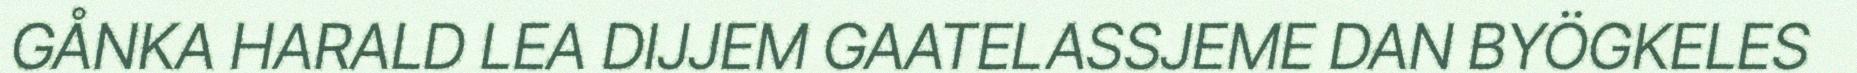
GÅNKA HARALD LEA DIJJEM GAATELASSJEME DAN BYÖGKELES